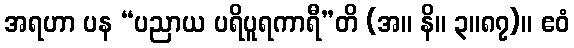
အရဟာ ပန “ပညာယ ပရိပူရကာရီ”တိ (အ။ နိ။ ၃။၈၇)။ ဧဝံ